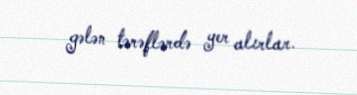
gələn tərəflərdə yer alırlar.